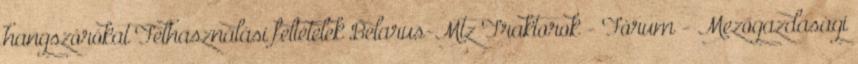
hangszórókat Felhasználási feltételek Belarus-Mtz Traktorok - Fórum - Mezőgazdasági